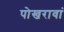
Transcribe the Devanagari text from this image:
पोखरावां